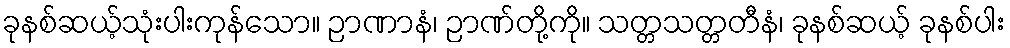
ခုနစ်ဆယ့်သုံးပါးကုန်သော။ ဉာဏာနံ၊ ဉာဏ်တို့ကို။ သတ္တသတ္တတီနံ၊ ခုနစ်ဆယ့် ခုနစ်ပါး